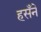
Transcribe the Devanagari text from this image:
हसँने